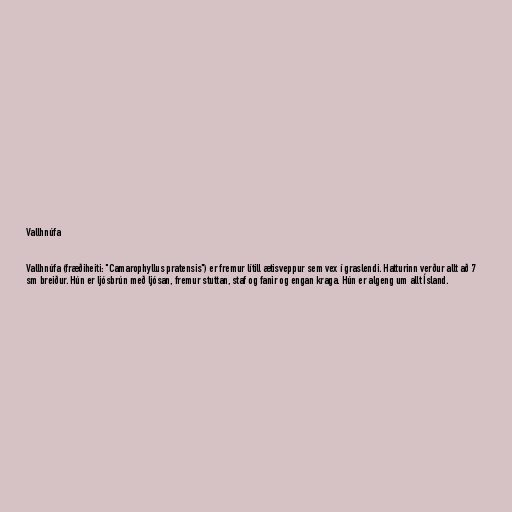
Vallhnúfa

Vallhnúfa (fræðiheiti: "Camarophyllus pratensis") er fremur lítill ætisveppur sem vex í graslendi. Hatturinn verður allt að 7
sm breiður. Hún er ljósbrún með ljósan, fremur stuttan, staf og fanir og engan kraga. Hún er algeng um allt Ísland.